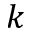
k